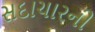
સદાચારની